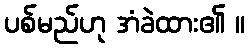
ပစ်မည်ဟု အံခဲထား၏ ။